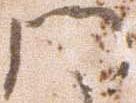
門